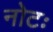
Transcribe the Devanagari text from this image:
नोटः